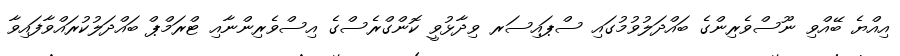
އިއްޔެ ބޭއްވި ނޫސްވެރިންގެ ބައްދަލުވުމުގައި ސްޕައިސަރ ވިދާޅުވީ ކޮންގްރެސްގެ އިސްވެރިންނާއި ޓްރަމްޕް ބައްދަލުކުރައްވާފައިވާ